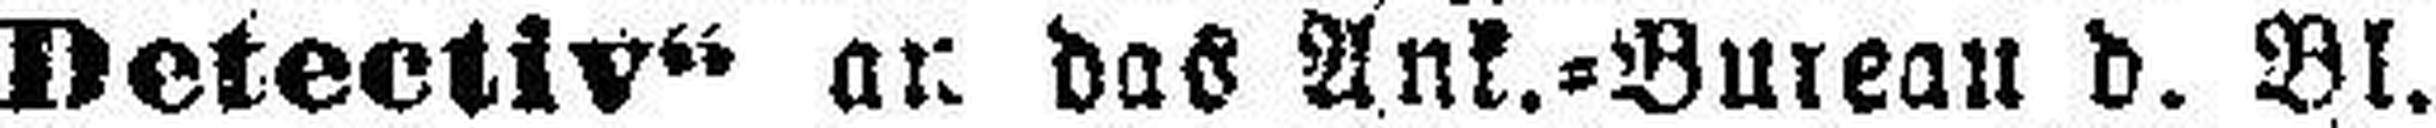
Detectiv“ an das Ank.=Bureau d. Bl.